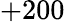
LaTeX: +200